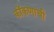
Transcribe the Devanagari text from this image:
कोंकणाची